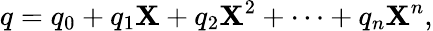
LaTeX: q=q_{0}+q_{1}\mathbf{X}+q_{2}\mathbf{X}^{2}+\cdots+q_{n}\mathbf{X}^{n},